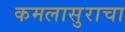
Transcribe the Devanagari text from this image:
कमलासुराचा